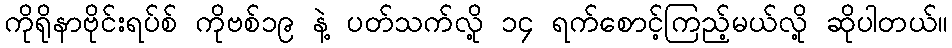
ကိုရိုနာဗိုင်းရပ်စ် ကိုဗစ်၁၉ နဲ့ ပတ်သက်လို့ ၁၄ ရက်စောင့်ကြည့်မယ်လို့ ဆိုပါတယ်။